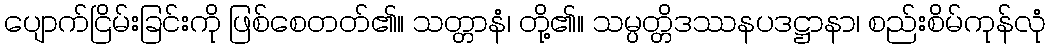
ပျောက်ငြိမ်းခြင်းကို ဖြစ်စေတတ်၏။ သတ္တာနံ၊ တို့၏။ သမ္ပတ္တိဒဿနပဒဋ္ဌာနာ၊ စည်းစိမ်ကုန်လုံ